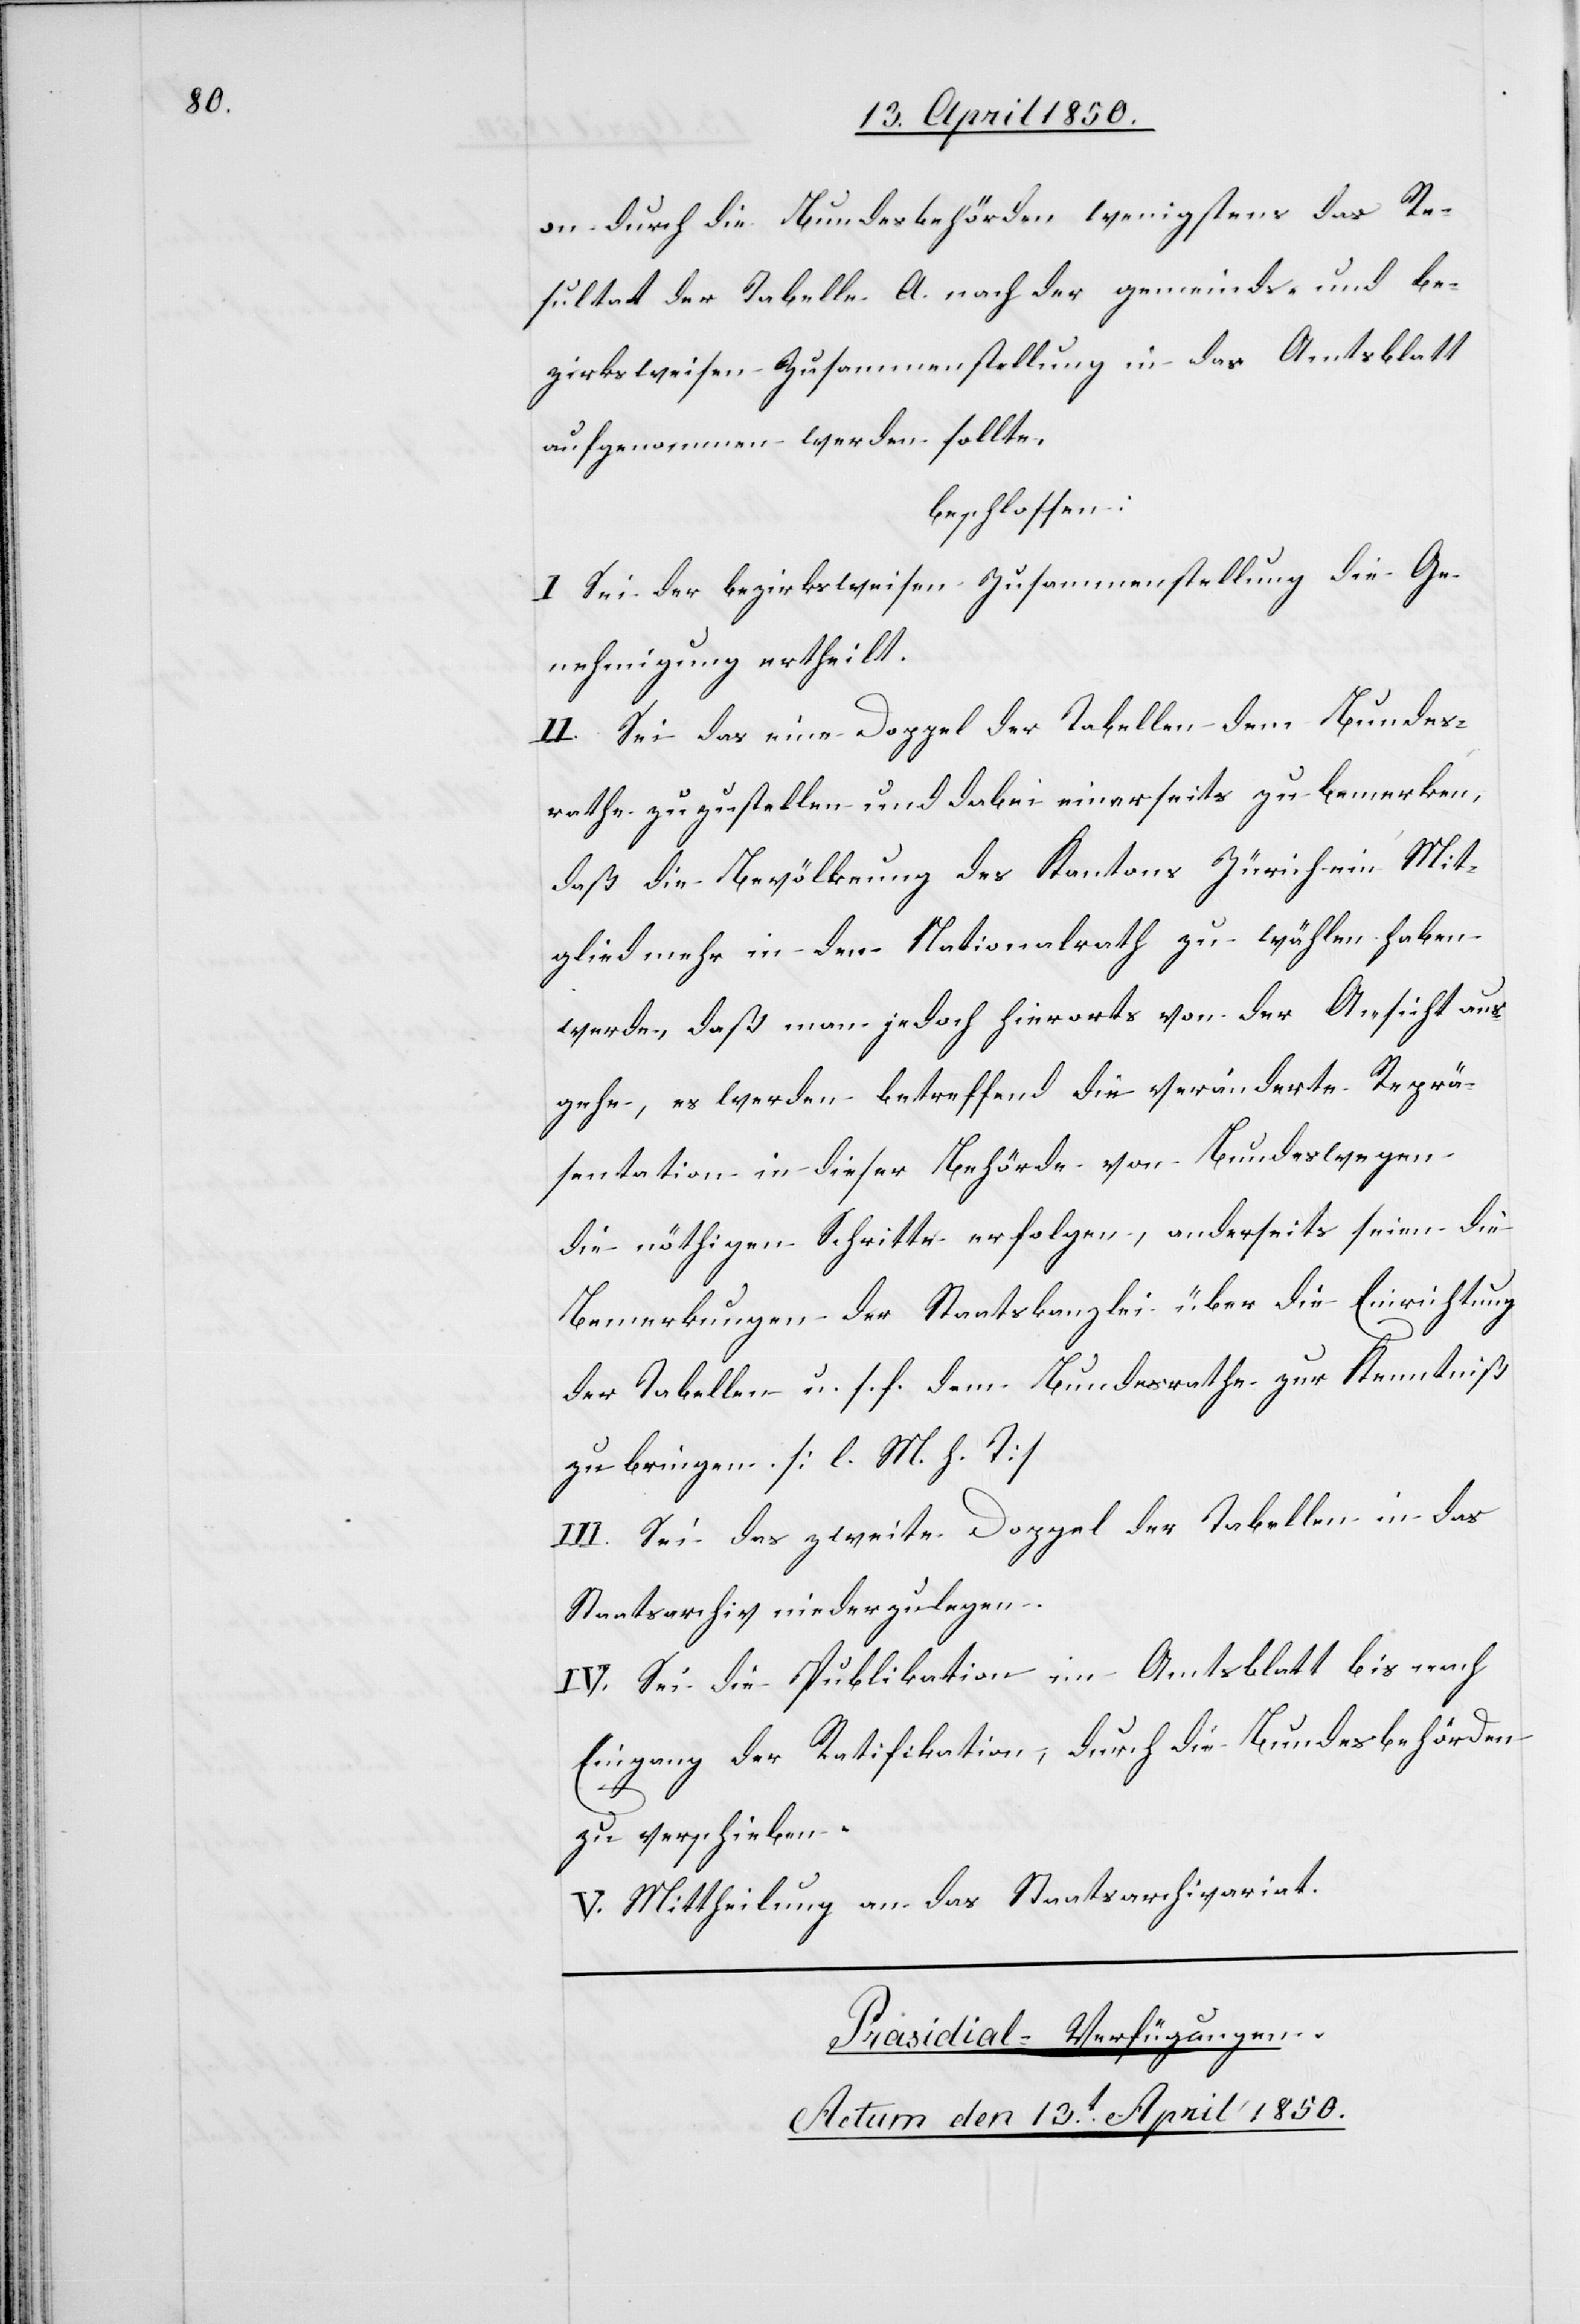
on durch die Bundesbehörden wenigstens das Re¬
sultat der Tabelle A. nach der gemeinds- und be¬
zirksweisen Zusammenstellung in das Amtsblatt
aufgenommen werden sollte,
beschlossen:
I Sei der bezirksweisen Zusammenstellung die Ge¬
nehmigung ertheilt.
II. Sei das eine Doppel der Tabellen dem Bundes¬
rathe zuzustellen und dabei einerseits zu bemerken,
daß die Bevölkerung des Kantons Zürich ein Mit¬
glied mehr in den Nationalrath zu wählen haben
werde, daß man jedoch hierorts von der Ansicht aus¬
gehe, es werden betreffend die veränderte Reprä¬
sentation in dieser Behörde von Bundeswegen
die nöthigen Schritte erfolgen, anderseits seien die
Bemerkungen der Staatskanzlei über die Einrichtung
der Tabellen u. s. f. dem Bundesrathe zur Kenntniß
zu bringen [l. M. h. T]
III. Sei das zweite Doppel der Tabellen in das
Staatsarchiv niederzulegen.
IV. Sei die Publikation im Amtsblatt bis nach
Eingang der Ratifikation, durch die Bundesbehörden
zu verschieben.
V. Mittheilung an das Staatsarchivariat.
Præsidial-Verfügungen.
Actum den 13t April 1850.